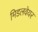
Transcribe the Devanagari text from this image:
मिडलवेयर